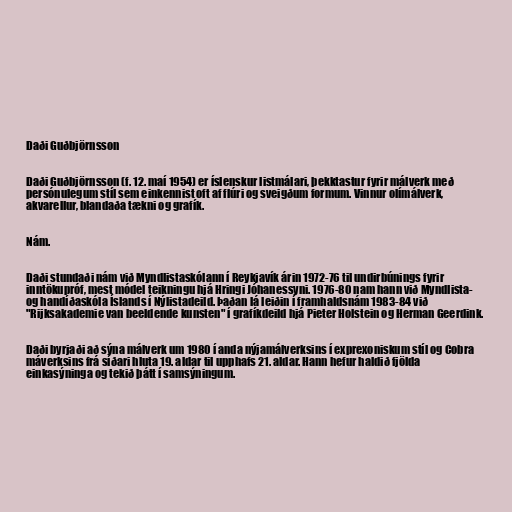
Daði Guðbjörnsson

Daði Guðbjörnsson (f. 12. maí 1954) er íslenskur listmálari, þekktastur fyrir málverk með
persónulegum stíl sem einkennist oft af flúri og sveigðum formum. Vinnur olímálverk,
akvarellur, blandaða tækni og grafík.

Nám.

Daði stundaði nám við Myndlistaskólann í Reykjavík árin 1972-76 til undirbúnings fyrir
inntökupróf, mest módel teikningu hjá Hringi Jóhanessyni. 1976-80 nam hann við Myndlista-
og handíðaskóla Íslands í Nýlistadeild. Þaðan lá leiðin í framhaldsnám 1983-84 við
"Rijksakademie van beeldende kunsten" í grafíkdeild hjá Pieter Holstein og Herman Geerdink.

Daði byrjaði að sýna málverk um 1980 í anda nýjamálverksins í exprexoniskum stíl og Cobra
máverksins frá síðari hluta 19. aldar til upphafs 21. aldar. Hann hefur haldið fjölda
einkasýninga og tekið þátt í samsýningum.